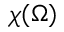
\chi ( \Omega )